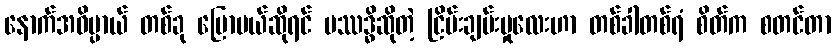
နောက်အဓိပ္ပာယ် တစ်ခု ပြောမယ်ဆိုရင် ပဿဒ္ဓိဆိုတဲ့ ငြိမ်းချမ်းမှုလေးဟာ တစ်ခါတစ်ရံ စိတ်က စတင်တာ